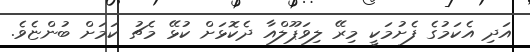
އަދި އެކަމުގެ ފެށުމަކީ މިރޭ ލިވަޕޫލްއާ ދެކޮޅަށް ކުޅޭ މެޗު ކަމަށް ބުންޏެވެ.